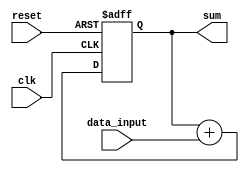
module accumulator(
    input wire clk,
    input wire reset,
    input wire [31:0] data_input,
    output reg [31:0] sum
);

always @(posedge clk or posedge reset) begin
    if (reset) begin
        sum <= 32'b0;
    end else begin
        sum <= sum + data_input;
    end
end

endmodule